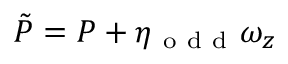
\tilde { P } = P + \eta _ { \mathrm { ~ o ~ d ~ d ~ } } \omega _ { z }